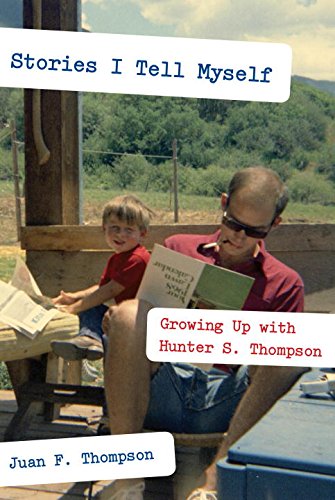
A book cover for Stories I Tell Myself: Growing Up with Hunter S. Thompson; Juan F. Thompson; Biographies & Memoirs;